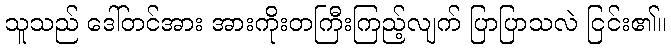
သူသည် ဒေါ်တင်အား အားကိုးတကြီးကြည့်လျက် ပြာပြာသလဲ ငြင်း၏။